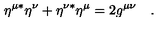
\eta ^ { \mu * } \eta ^ { \nu } + \eta ^ { \nu * } \eta ^ { \mu } = 2 g ^ { \mu \nu } \quad .